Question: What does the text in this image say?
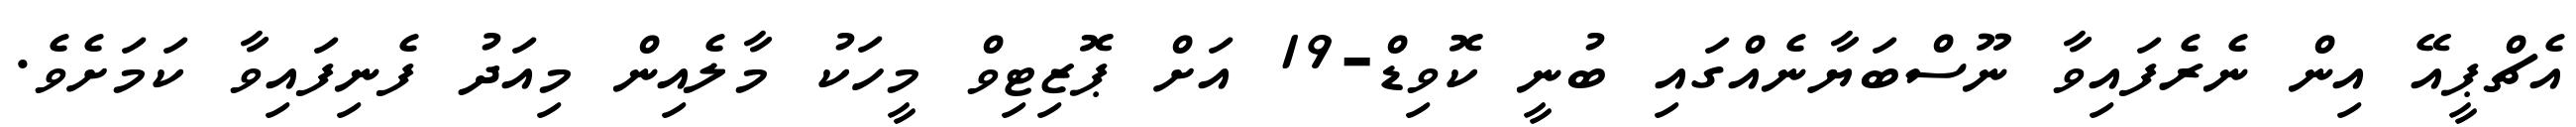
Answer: އެޗްޕީއޭ އިން ނެރެފައިވާ ނޫސްބަޔާނެއްގައި ބުނީ ކޮވިޑް-19 އަށް ޕޮޒިޓިވް މީހަކު މާލެއިން މިއަދު ފެނިފައިވާ ކަމަށެވެ.